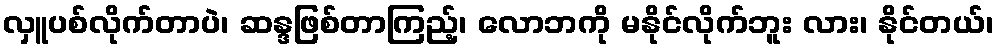
လှူပစ်လိုက်တာပဲ၊ ဆန္ဒဖြစ်တာကြည့်၊ လောဘကို မနိုင်လိုက်ဘူး လား၊ နိုင်တယ်၊